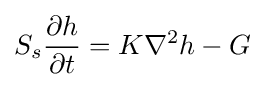
S_{s}{\frac {\partial h}{\partial t}}=K\nabla ^{2}h-G